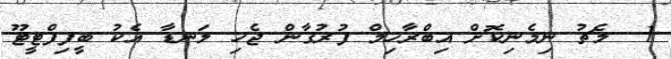
1  މެޗު ނިމެނިކޮށް އިބްރާހިމް ފުރުގާން ޖެހި ލަނޑާ އެކު ބީފިފްޓީޓޫ